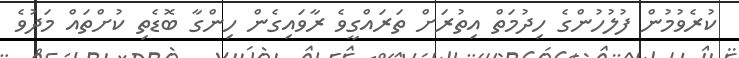
ކުރެވުމުން ފުލުހުންގެ ހިދުމަތް އިތުރަށް ތަރައްގީވެ ރާވައިގެން ހިންގާ ބޮޑެތި ކުށްތައް މަދުވެ